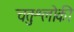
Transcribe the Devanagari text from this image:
चतुःश्लोकी